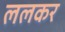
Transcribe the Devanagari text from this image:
ललकर